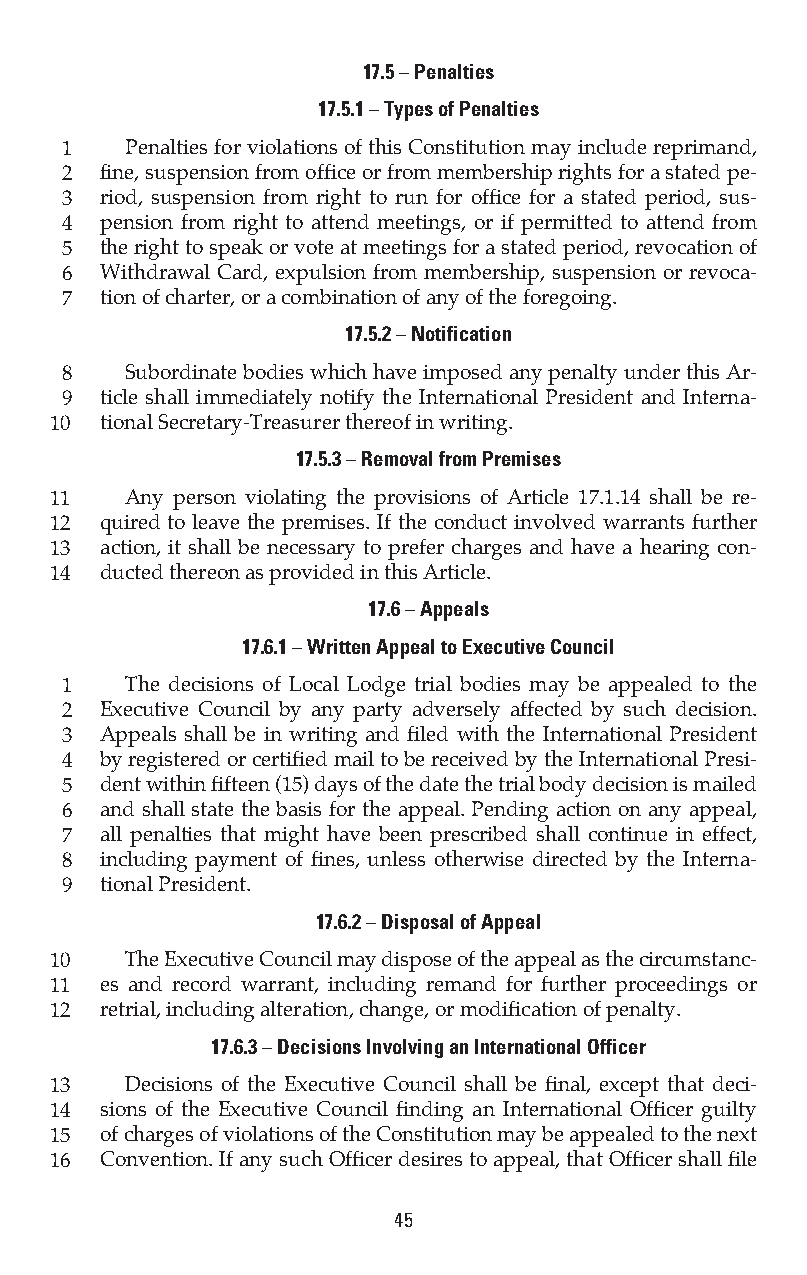
17.5 – Penalties
 17.5.1 – Types of Penalties
 1   Penalties for violations of this Constitution may include reprimand,
 2  fine, suspension from office or from membership rights for a stated pe-
 3  riod, suspension from right to run for office for a stated period, sus-
 4  pension from right to attend meetings, or if permitted to attend from
 5  the right to speak or vote at meetings for a stated period, revocation of
 6  Withdrawal Card, expulsion from membership, suspension or revoca-
 7  tion of charter, or a combination of any of the foregoing.
 17.5.2 – Notification
 8   Subordinate bodies which have imposed any penalty under this Ar-
 9  ticle shall immediately notify the International President and Interna-
 10  tional Secretary-Treasurer thereof in writing.
 17.5.3 – Removal from Premises
 11   Any person violating the provisions of Article 17.1.14 shall be re-
 12  quired to leave the premises. If the conduct involved warrants further
 13  action, it shall be necessary to prefer charges and have a hearing con-
 14  ducted thereon as provided in this Article.
 17.6 – Appeals
 17.6.1 – Written Appeal to Executive Council
 1   The decisions of Local Lodge trial bodies may be appealed to the
 2  Executive Council by any party adversely affected by such decision.
 3  Appeals shall be in writing and filed with the International President
 4  by registered or certified mail to be received by the International Presi-
 5  dent within fifteen (15) days of the date the trial body decision is mailed
 6  and shall state the basis for the appeal. Pending action on any appeal,
 7  all penalties that might have been prescribed shall continue in effect,
 8  including payment of fines, unless otherwise directed by the Interna-
 9  tional President.
 17.6.2 – Disposal of Appeal
 10   The Executive Council may dispose of the appeal as the circumstanc-
 11  es and record warrant, including remand for further proceedings or
 12  retrial, including alteration, change, or modification of penalty.
 17.6.3 – Decisions Involving an International Officer
 13   Decisions of the Executive Council shall be final, except that deci-
 14  sions of the Executive Council finding an International Officer guilty
 15  of charges of violations of the Constitution may be appealed to the next
 16  Convention. If any such Officer desires to appeal, that Officer shall file
 45